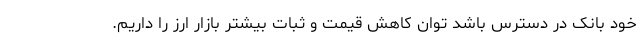
خود بانک در دسترس باشد توان کاهش قیمت و ثبات بیشتر بازار ارز را داریم.